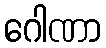
ဂေါဏာ